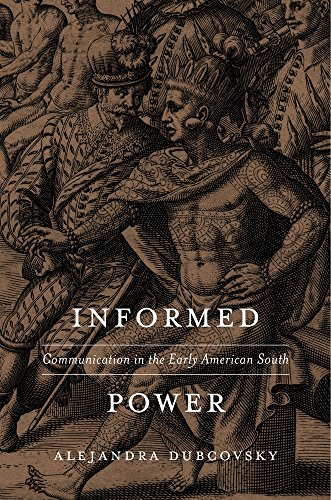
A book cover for Informed Power: Communication in the Early American South; Alejandra Dubcovsky; History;